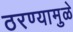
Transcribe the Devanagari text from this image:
ठरण्यामुळे